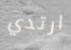
ارتدي